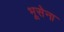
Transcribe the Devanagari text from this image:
भूसेना